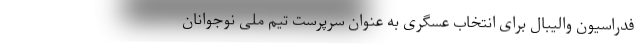
فدراسیون والیبال برای انتخاب عسگری به عنوان سرپرست تیم ملی نوجوانان